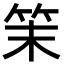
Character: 𥬎